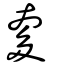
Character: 奓